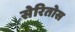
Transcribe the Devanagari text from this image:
सेरितोस